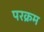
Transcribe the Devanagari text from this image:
परक्रम